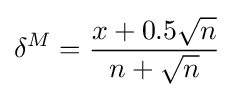
\delta ^{M}={\frac {x+0.5{\sqrt {n}}}{n+{\sqrt {n}}}}